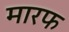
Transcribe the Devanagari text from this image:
मारफ